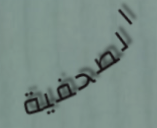
الصحفية